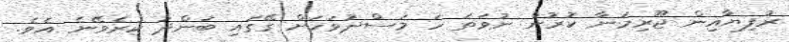
ރުފިޔާއިން ޖޫރިމަނާ ކުރުން ނުވަތަ ހަ މަސްދުވަހަށް ގޭގައި ބަންދު ކުރެވޭނެ އެވެ.